Civil Veterinary Department Bengal reports 1933-51 - 1933-1951
Year: 1933
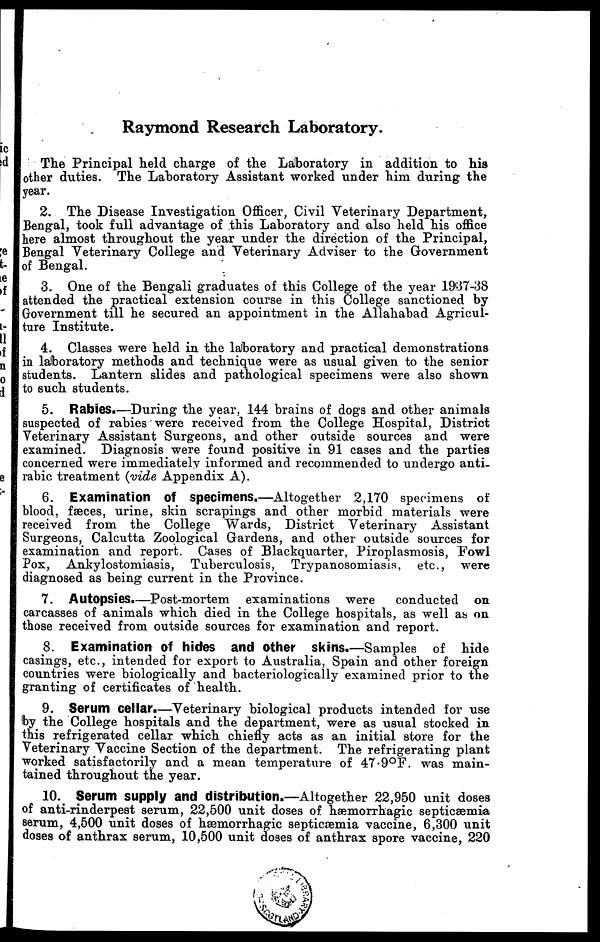
Raymond Research Laboratory.
The Principal held charge of the Laboratory in addition to his
other duties. The Laboratory Assistant worked under him during the
year.
2. The Disease Investigation Officer, Civil Veterinary Department,
Bengal, took full advantage of this Laboratory and also held his office
here almost throughout the year under the direction of the Principal,
Bengal Veterinary College and Veterinary Adviser to the Government
of Bengal.
3. One of the Bengali graduates of this College of the year 1937-38
attended the practical extension course in this College sanctioned by
Government till he secured an appointment in the Allahabad Agricul-
ture Institute.
4. Classes were held in the laboratory and practical demonstrations
in laboratory methods and technique were as usual given to the senior
students. Lantern slides and pathological specimens were also shown
to such students.
5. Rabies.—During the year, 144 brains of dogs and other animals
suspected of rabies were received from the College Hospital, District
Veterinary Assistant Surgeons, and other outside sources and were
examined. Diagnosis were found positive in 91 cases and the parties
concerned were immediately informed and recommended to undergo anti-
rabic treatment (vide Appendix A).
6. Examination of specimens.—Altogether 2,170 specimens of
blood, fæces, urine, skin scrapings and other morbid materials were
received from the College Wards, District Veterinary Assistant
Surgeons, Calcutta Zoological Gardens, and other outside sources for
examination and report. Cases of Blackquarter, Piroplasmosis, Fowl
Pox, Ankylostomiasis, Tuberculosis, Trypanosomiasis, etc., were
diagnosed as being current in the Province.
7. Autopsies.—Post-mortem examinations were
conducted on
carcasses of animals which died in the College hospitals, as well as on
those received from outside sources for examination and report.
8. Examination of hides and other skins.—Samples of hide
casings, etc., intended for export to Australia, Spain and other foreign
countries were biologically and bacteriologically examined prior to the
granting of certificates of health.
9. Serum cellar.—Veterinary biological products intended for use
by the College hospitals and the department, were as usual stocked in
this refrigerated cellar which chiefly acts as an initial store for the
Veterinary Vaccine Section of the department. The refrigerating plant
worked satisfactorily and a mean temperature of 47.9°F. was main-
tained throughout the year.
10. Serum supply and distribution.—Altogether 22,950 unit doses
of anti-rinderpest serum, 22,500 unit doses of hæmorrhagic septicæmia
serum, 4,500 unit doses of hæmorrhagic septicæmia vaccine, 6,300 unit
doses of anthrax serum, 10,500 unit doses of anthrax spore vaccine, 220